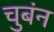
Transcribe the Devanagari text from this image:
चुबंन